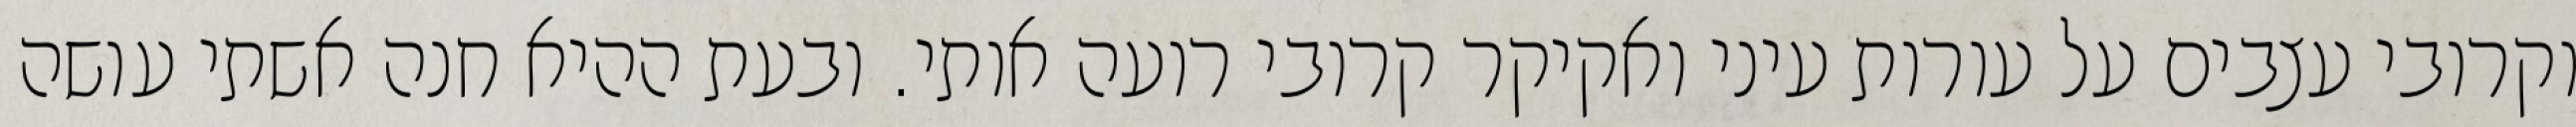
וקרובי עצבים על עורות עיני ואקיקר קרובי רועה אותי. ובעת ההיא חנה אשתי עושה